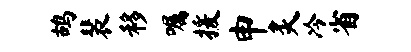
鸪裴移嘱援申炙冷省